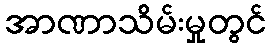
အာဏာသိမ်းမှုတွင်